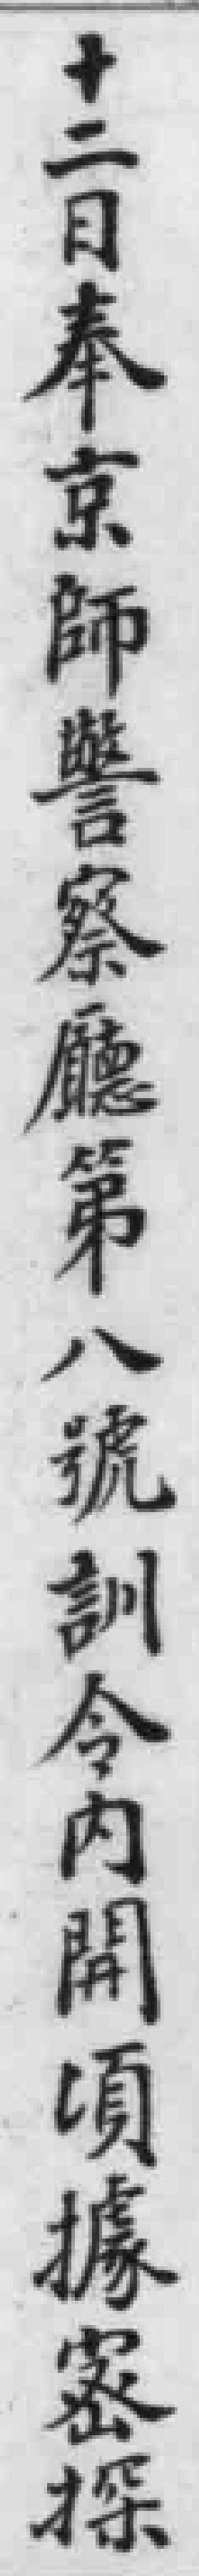
十二日奉京師警察廳第八號訓令內開頃據密探